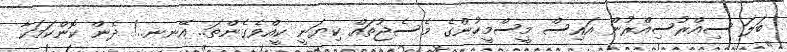
ބަލަ ސިއްރުސިއްރުން އައިސް މީސްމީހުންގެ މެސެޖުތައް ކިޔަނީ ކީއްވެގެންތަ.. އޭނނ..! ދެން ކޮންކަމަކާ